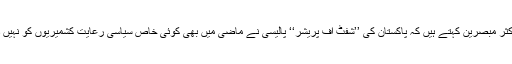
لیکن اکثر مبصرین کہتے ہیں کہ پاکستان کی ’’شفٹ آف پریشر‘‘ پالیسی نے ماضی میں بھی کوئی خاص سیاسی رعایت کشمیریوں کو نہیں دلوائی۔